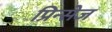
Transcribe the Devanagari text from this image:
प्रिन्सेज